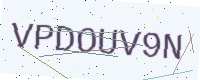
Text: VPDOUV9N